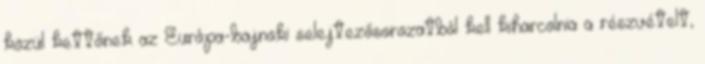
közül kettőnek az Európa-bajnoki selejtezősorozatból kell kiharcolnia a részvételt,